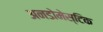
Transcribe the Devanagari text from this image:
अनडोमेस्टिक